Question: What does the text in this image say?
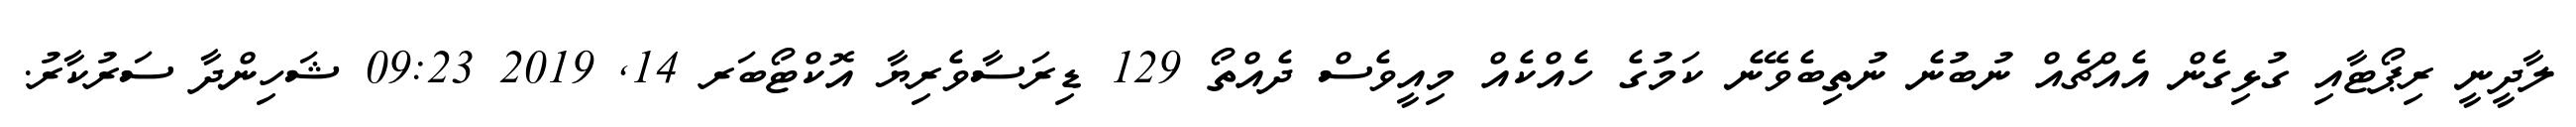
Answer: ލާދީނީ ރިޕޯޓާއި ގުޅިގެން އެއްޗެއް ނުބުނެ ނުތިބެވޭނެ ކަމުގެ ހެއްކެއް މިއީވެސް ދެއްތޯ 129 ޑިރަސާވެރިޔާ އޮކްޓޯބަރ 14, 2019 09:23 ޝަހިންދާ ސަރުކާރު.